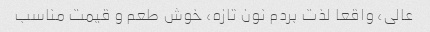
عالی، واقعا لذت بردم نون تازه، خوش طعم و قیمت مناسب